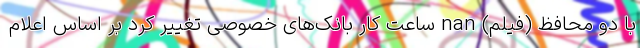
با دو محافظ (فیلم) nan ساعت کار بانک‌های خصوصی تغییر کرد بر اساس اعلام